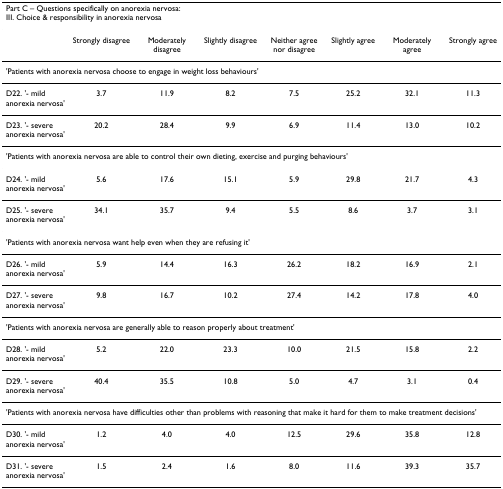
| <COLSPAN=8> Part C – Questions specifically on anorexia nervosa:III. Choice & responsibility in anorexia nervosa |
 | --- | --- | --- | --- | --- | --- | --- | --- |
 |  | Strongly disagree | Moderately disagree | Slightly disagree | Neither agree nor disagree | Slightly agree | Moderately agree | Strongly agree |
 | <COLSPAN=8> 'Patients with anorexia nervosa choose to engage in weight loss behaviours' |
 | D22. '- mild anorexia nervosa' | 3.7 | 11.9 | 8.2 | 7.5 | 25.2 | 32.1 | 11.3 |
 | D23. '- severe anorexia nervosa' | 20.2 | 28.4 | 9.9 | 6.9 | 11.4 | 13.0 | 10.2 |
 | <COLSPAN=8> 'Patients with anorexia nervosa are able to control their own dieting, exercise and purging behaviours' |
 | D24. '- mild anorexia nervosa' | 5.6 | 17.6 | 15.1 | 5.9 | 29.8 | 21.7 | 4.3 |
 | D25. '- severe anorexia nervosa' | 34.1 | 35.7 | 9.4 | 5.5 | 8.6 | 3.7 | 3.1 |
 | <COLSPAN=8> 'Patients with anorexia nervosa want help even when they are refusing it' |
 | D26. '- mild anorexia nervosa' | 5.9 | 14.4 | 16.3 | 26.2 | 18.2 | 16.9 | 2.1 |
 | D27. '- severe anorexia nervosa' | 9.8 | 16.7 | 10.2 | 27.4 | 14.2 | 17.8 | 4.0 |
 | <COLSPAN=8> 'Patients with anorexia nervosa are generally able to reason properly about treatment' |
 | D28. '- mild anorexia nervosa' | 5.2 | 22.0 | 23.3 | 10.0 | 21.5 | 15.8 | 2.2 |
 | D29. '- severe anorexia nervosa' | 40.4 | 35.5 | 10.8 | 5.0 | 4.7 | 3.1 | 0.4 |
 | <COLSPAN=8> 'Patients with anorexia nervosa have difficulties other than problems with reasoning that make it hard for them to make treatment decisions' |
 | D30. '- mild anorexia nervosa' | 1.2 | 4.0 | 4.0 | 12.5 | 29.6 | 35.8 | 12.8 |
 | D31. '- severe anorexia nervosa' | 1.5 | 2.4 | 1.6 | 8.0 | 11.6 | 39.3 | 35.7 |